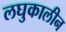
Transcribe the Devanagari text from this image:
लघुकालीन